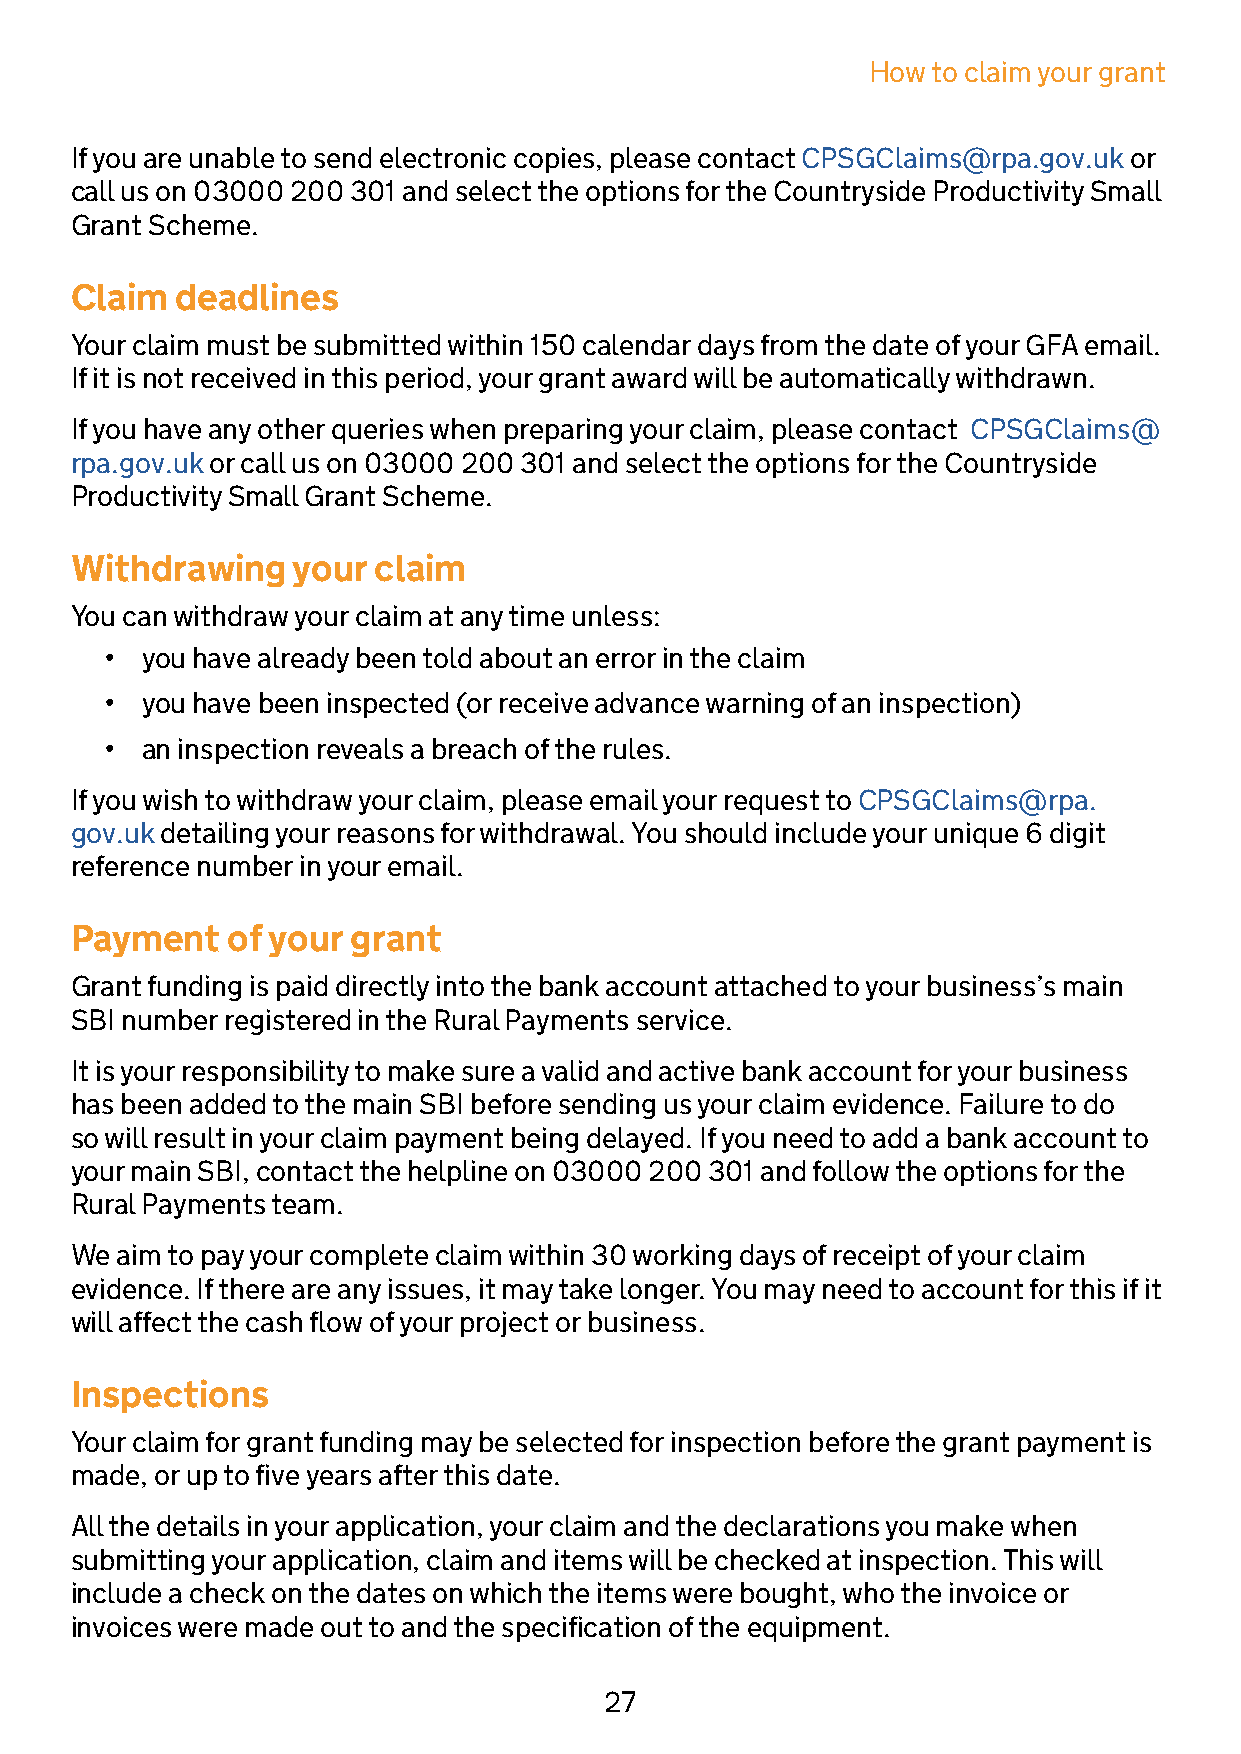
How  to claim your grant
 If you are unable to send electronic copies, please contact CPSGClaims@rpa.gov.uk or
 call us on 03000 200 301 and select the options for the Countryside Productivity Small
 Grant Scheme.
 Claim  deadlines
 Your claim must be submitted within 150 calendar days from the date of your GFA email.
 If it is not received in this period, your grant award will be automatically withdrawn.
 If you have any other queries when preparing your claim, please contact CPSGClaims@
 rpa.gov.uk or call us on 03000 200 301 and select the options for the Countryside
 Productivity Small Grant Scheme.
 Withdrawing   your  claim
 You can withdraw your claim at any time unless:
 • you have already been told about an error in the claim
 • you have been inspected (or receive advance warning of an inspection)
 • an inspection reveals a breach of the rules.
 If you wish to withdraw your claim, please email your request to CPSGClaims@rpa.
 gov.uk detailing your reasons for withdrawal. You should include your unique 6 digit
 reference number in your email.
 Payment   of your grant
 Grant funding is paid directly into the bank account attached to your business’s main
 SBI number registered in the Rural Payments service.
 It is your responsibility to make sure a valid and active bank account for your business
 has been added to the main SBI before sending us your claim evidence. Failure to do
 so will result in your claim payment being delayed. If you need to add a bank account to
 your main SBI, contact the helpline on 03000 200 301 and follow the options for the
 Rural Payments team.
 We aim to pay your complete claim within 30 working days of receipt of your claim
 evidence. If there are any issues, it may take longer. You may need to account for this if it
 will affect the cash flow of your project or business.
 Inspections
 Your claim for grant funding may be selected for inspection before the grant payment is
 made, or up to five years after this date.
 All the details in your application, your claim and the declarations you make when
 submitting your application, claim and items will be checked at inspection. This will
 include a check on the dates on which the items were bought, who the invoice or
 invoices were made out to and the specification of the equipment.
 27